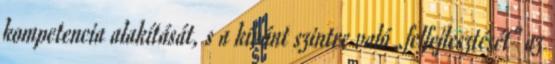
kompetencia alakítását, s a kívánt szintre való „felfejlesztését” az